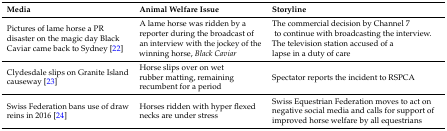
<table><thead><tr><td><b>Media</b></td><td><b>Animal Welfare Issue</b></td><td><b>Storyline</b></td></tr></thead><tbody><tr><td>Pictures of lame horse a PR disaster on the magic day Black Caviar came back to Sydney [22]</td><td>A lame horse was ridden by a reporter during the broadcast of an interview with the jockey of the winning horse, <i>Black Caviar</i></td><td>The commercial decision by Channel 7 to continue with broadcasting the interview. The television station accused of a lapse in a duty of care</td></tr><tr><td>Clydesdale slips on Granite Island causeway [23]</td><td>Horse slips over on wet rubber matting, remaining recumbent for a period</td><td>Spectator reports the incident to RSPCA</td></tr><tr><td>Swiss Federation bans use of draw reins in 2016 [24]</td><td>Horses ridden with hyper flexed necks are under stress</td><td>Swiss Equestrian Federation moves to act on negative social media and calls for support of improved horse welfare by all equestrians</td></tr></tbody></table>